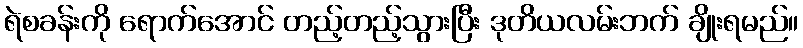
ရဲစခန်းကို ရောက်အောင် တည့်တည့်သွားပြီး ဒုတိယလမ်းဘက် ချိုးရမည်။